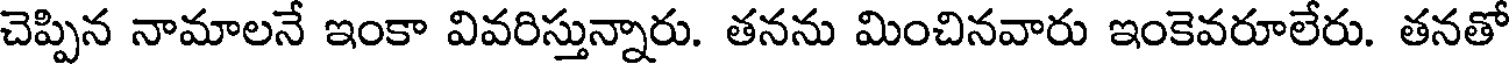
చెప్పిన నామాలనే ఇంకా వివరిస్తున్నారు. తనను మించినవారు ఇంకెవరూలేరు. తనతో